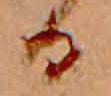
る